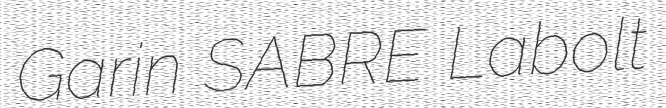
Garin SABRE Labolt